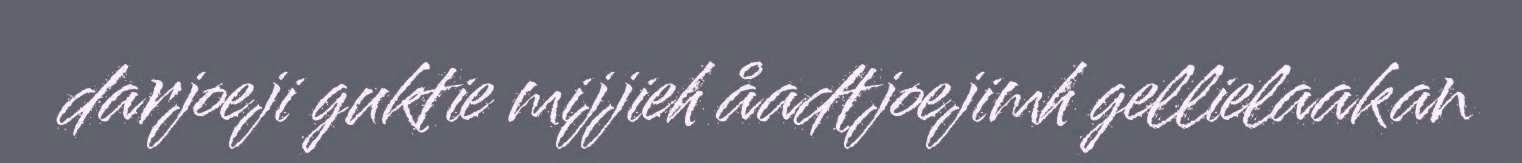
darjoeji guktie mijjieh åadtjoejimh gellielaakan